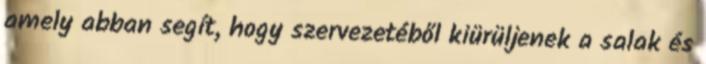
amely abban segít, hogy szervezetéből kiürüljenek a salak és